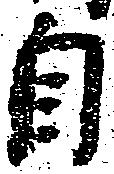
自